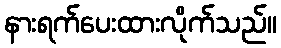
နားရက်ပေးထားလိုက်သည်။